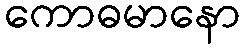
ကောဓမာနော